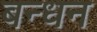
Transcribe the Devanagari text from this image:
बन्‍धन